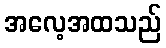
အလေ့အထသည်